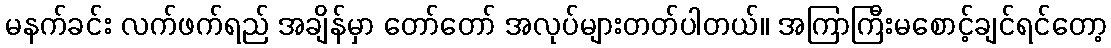
မနက်ခင်း လက်ဖက်ရည် အချိန်မှာ တော်တော် အလုပ်များတတ်ပါတယ်။ အကြာကြီးမစောင့်ချင်ရင်တော့